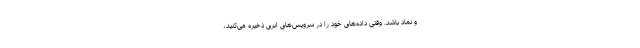
و نماد باشد. وقتی داده‌های خود را در سرویس‌های ابری ذخیره می‌کنید،